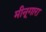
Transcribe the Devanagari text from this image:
मीनूगारा